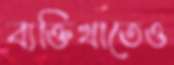
ব্যক্তিখাতেও